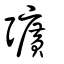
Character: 彍